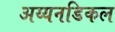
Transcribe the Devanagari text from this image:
अय्यनडिकल